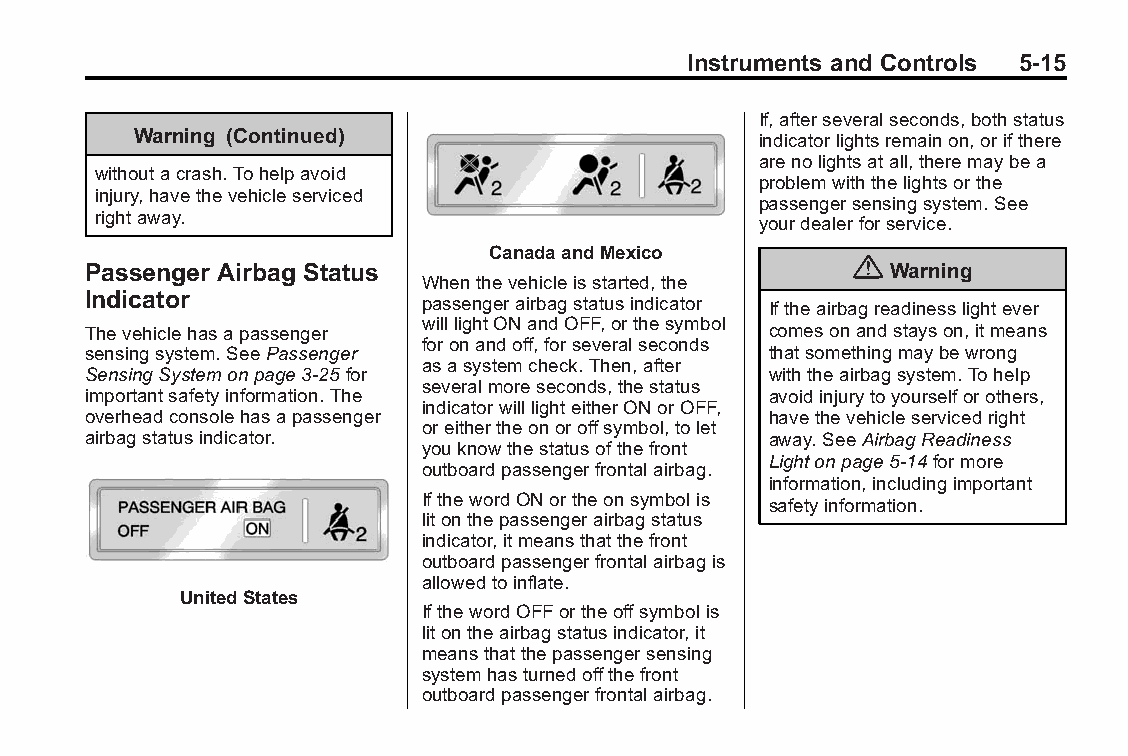
Buick LaCrosse Owner Manual (GMNA-Localizing-U.S./Canada/Mexico- Blackplate(15,1)
 6043609)-2014-2ndEdition-10/17/13
 Instruments and Controls 5-15
 If,afterseveralseconds,bothstatus
 Warning (Continued)                      indicatorlightsremainon,orifthere
 arenolightsatall,theremaybea
 withoutacrash.Tohelpavoid
 problemwiththelightsorthe
 injury,havethevehicleserviced
 passengersensingsystem.See
 rightaway.                                  yourdealerforservice.
 CanadaandMexico
 {
 Passenger Airbag Status                               Warning
 Whenthevehicleisstarted,the
 Indicator              passengerairbagstatusindicator Iftheairbagreadinesslightever
 willlightONandOFF,orthesymbol
 Thevehiclehasapassenger                       comesonandstayson,itmeans
 foronandoff,forseveralseconds
 sensingsystem.SeePassenger                    thatsomethingmaybewrong
 asasystemcheck.Then,after
 SensingSystemonpage3-25for                    withtheairbagsystem.Tohelp
 severalmoreseconds,thestatus
 importantsafetyinformation.The                avoidinjurytoyourselforothers,
 indicatorwilllighteitherONorOFF,
 overheadconsolehasapassenger                  havethevehicleservicedright
 oreithertheonoroffsymbol,tolet
 airbagstatusindicator.                        away.SeeAirbagReadiness
 youknowthestatusofthefront
 Lightonpage5-14formore
 outboardpassengerfrontalairbag.
 information,includingimportant
 IfthewordONortheonsymbolis safetyinformation.
 litonthepassengerairbagstatus
 indicator,itmeansthatthefront
 outboardpassengerfrontalairbagis
 allowedtoinflate.
 UnitedStates
 IfthewordOFFortheoffsymbolis
 litontheairbagstatusindicator,it
 meansthatthepassengersensing
 systemhasturnedoffthefront
 outboardpassengerfrontalairbag.